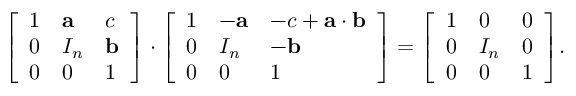
{ \left[ \begin{array} { l l l } { 1 } & { \mathbf { a } } & { c } \\ { 0 } & { I _ { n } } & { \mathbf { b } } \\ { 0 } & { 0 } & { 1 } \end{array} \right] } \cdot { \left[ \begin{array} { l l l } { 1 } & { - \mathbf { a } } & { - c + \mathbf { a } \cdot \mathbf { b } } \\ { 0 } & { I _ { n } } & { - \mathbf { b } } \\ { 0 } & { 0 } & { 1 } \end{array} \right] } = { \left[ \begin{array} { l l l } { 1 } & { 0 } & { 0 } \\ { 0 } & { I _ { n } } & { 0 } \\ { 0 } & { 0 } & { 1 } \end{array} \right] } .